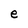
Character: e